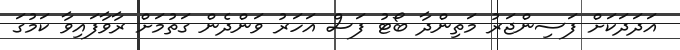
އަދަދަކަށް ފަސިންޖަރު މަތިންދާ ބޯޓު ފަސް އަހަރު ވަންދެން ގަތުމަށް ރާވާފައިވާ ކަމުގަ